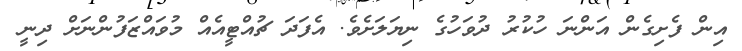
އިން ފެށިގެން އަންނަ ހުކުރު ދުވަހުގެ ނިޔަލަށެވެ. އެފަދަ ޗުއްޓީއެއް މުވައްޒަފުންނަށް ދިނީ